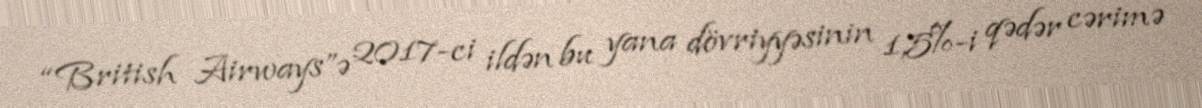
“British Airways”ə 2017-ci ildən bu yana dövriyyəsinin 1,5%-i qədər cərimə